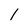
Character: 1